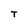
Character: T